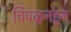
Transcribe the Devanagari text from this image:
चिपळूनहून